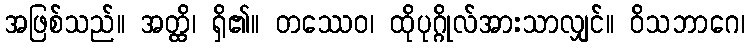
အဖြစ်သည်။ အတ္ထိ၊ ရှိ၏။ တဿေဝ၊ ထိုပုဂ္ဂိုလ်အားသာလျှင်။ ဝိသဘာဂေ၊